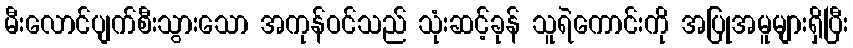
မီးလောင်ပျက်စီးသွားသော အကုန်ဝင်သည် သုံးဆင့်ခုန် သူရဲကောင်းကို အပြုအမူများရှိပြီး